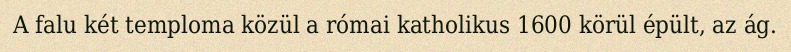
A falu két temploma közül a római katholikus 1600 körül épült, az ág.